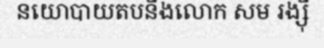
នយោបាយតបនឹងលោក សម រង្ស៊ី